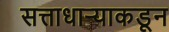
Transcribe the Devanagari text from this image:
सत्ताधाऱ्याकडून